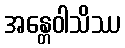
အန္တေဝါသိဿ